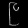
Digit: ၉